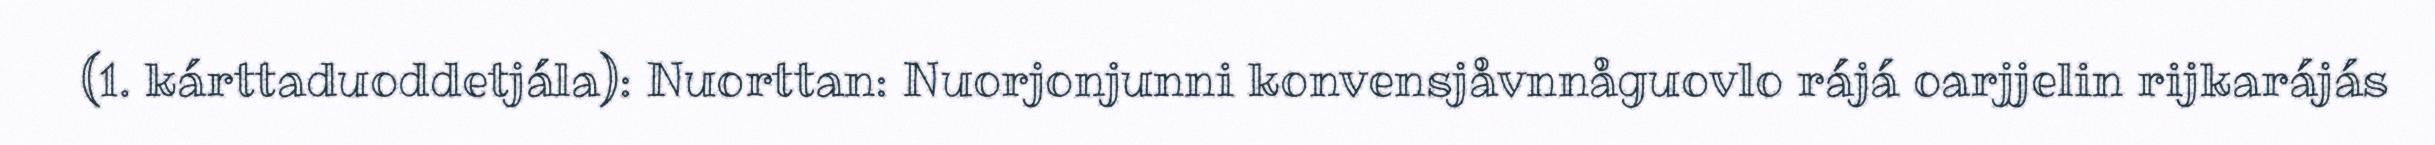
(1. kárttaduoddetjála): Nuorttan: Nuorjonjunni konvensjåvnnåguovlo rájá oarjjelin rijkarájás